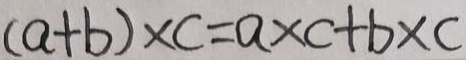
( a + b ) \times c = a \times c + b \times c